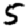
Digit: 5